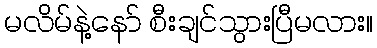
မလိမ်နဲ့နော် စီးချင်သွားပြီမလား။